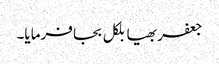
جعفر بھیا بلکل بجا فرمایا۔